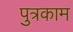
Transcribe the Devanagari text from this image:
पुत्रकाम